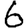
Digit: 6